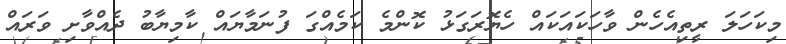
މިކަހަލަ ރީތިއެހެން ވާހަކައަކައް ހެޔޮރަގަޅު ކޮންމެ ކަމެއްގަ ފުނަމާޔައް ކާމިޔާބު ދެއްވާށި ވަރައް